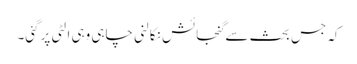
کہ جس بحث سےگنجائش نکالنی چاہی وہی الٹی پرگئی۔